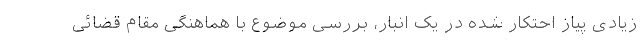
زیادی پیاز احتکار شده در یک انبار، بررسی موضوع با هماهنگی مقام قضائی